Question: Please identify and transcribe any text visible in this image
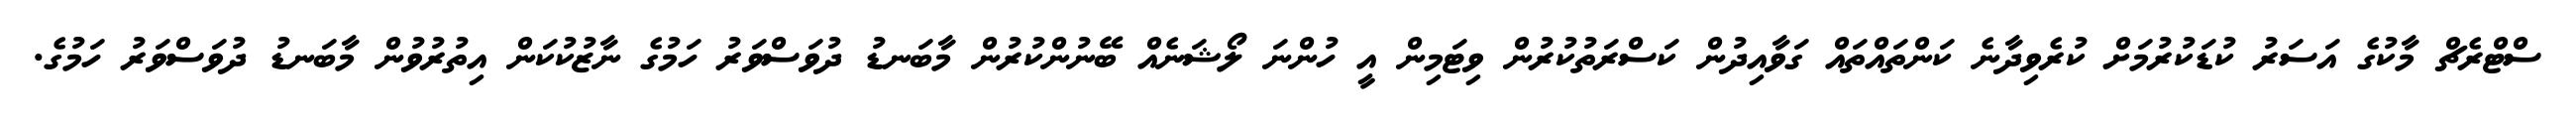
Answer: ސްޓްރެޗް މާކުގެ އަސަރު ކުޑަކުރުމަށް ކުރެވިދާނެ ކަންތައްތައް ގަވާއިދުން ކަސްރަތުކުރުން ވިޓަމިން އީ ހުންނަ ލޯޝަނެއް ބޭނުންކުރުން މާބަނޑު ދުވަސްވަރު ހަމުގެ ނާޒުކުކަން އިތުރުވުން މާބަނޑު ދުވަސްވަރު ހަމުގެ.